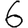
Digit: 6